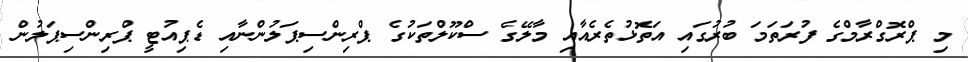
މި ޕްރޮގްރާމްގެ ފުރަތަމަ ބުރުގައި އަތޮޅުތެރެއާއި މާލޭގެ ސްކޫލްތަކުގެ ޕްރިންސިޕަލުންނާއި ޑެޕިއުޓީ ޕްރިންސިޕަލުން